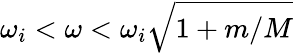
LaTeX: \omega_{i}<\omega<\omega_{i}\sqrt{1+m/M}